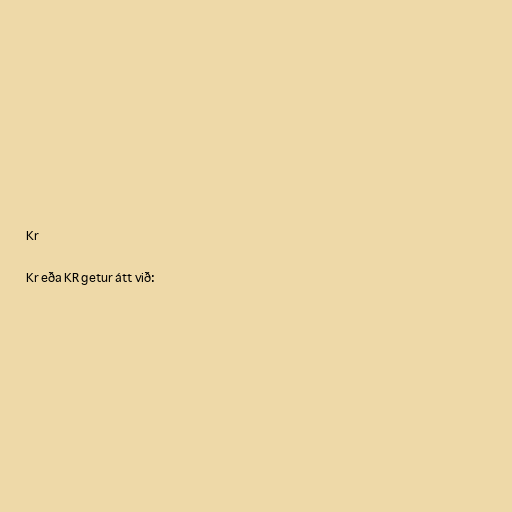
Kr

Kr eða KR getur átt við: